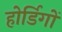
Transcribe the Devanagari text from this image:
होर्डिगों